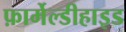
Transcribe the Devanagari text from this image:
फ़ार्मेल्डीहाइड